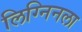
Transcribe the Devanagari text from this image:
लिग्निनला